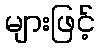
များဖြင့်